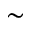
\sim